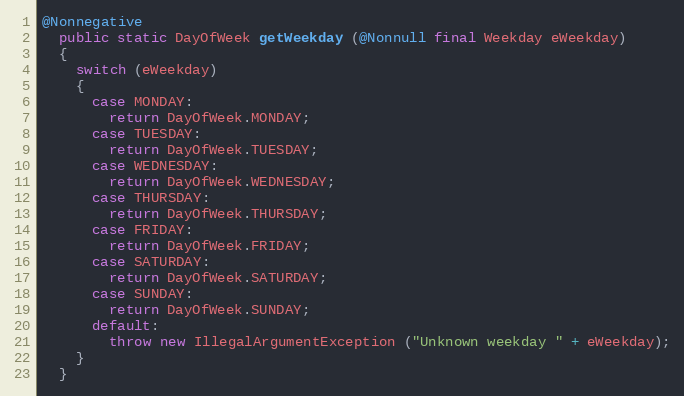
Language: Java
@Nonnegative
  public static DayOfWeek getWeekday (@Nonnull final Weekday eWeekday)
  {
    switch (eWeekday)
    {
      case MONDAY:
        return DayOfWeek.MONDAY;
      case TUESDAY:
        return DayOfWeek.TUESDAY;
      case WEDNESDAY:
        return DayOfWeek.WEDNESDAY;
      case THURSDAY:
        return DayOfWeek.THURSDAY;
      case FRIDAY:
        return DayOfWeek.FRIDAY;
      case SATURDAY:
        return DayOfWeek.SATURDAY;
      case SUNDAY:
        return DayOfWeek.SUNDAY;
      default:
        throw new IllegalArgumentException ("Unknown weekday " + eWeekday);
    }
  }